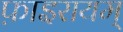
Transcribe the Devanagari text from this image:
फ़ाइरायम्